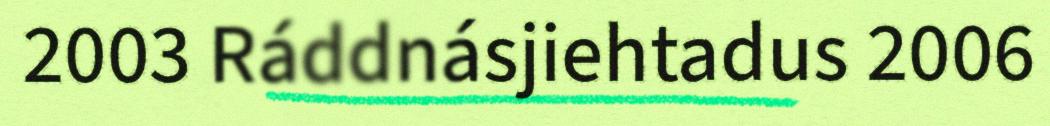
2003 Ráddnásjiehtadus 2006